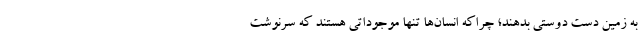
به زمین دست دوستی بدهند؛ چراکه انسان‌ها تنها موجوداتی هستند که سرنوشت